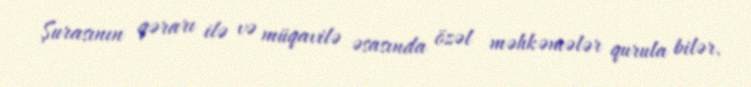
Şurasının qərarı ilə və müqavilə əsasında özəl məhkəmələr qurula bilər.